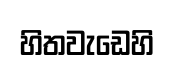
හිතවැඩෙහි